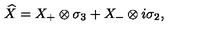
\widehat { X } = X _ { + } \otimes \sigma _ { 3 } + X _ { - } \otimes i \sigma _ { 2 } ,